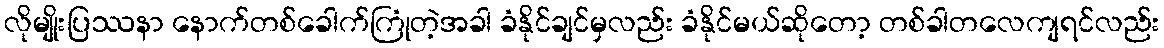
လိုမျိုးပြဿနာ နောက်တစ်ခေါက်ကြုံတဲ့အခါ ခံနိုင်ချင်မှလည်း ခံနိုင်မယ်ဆိုတော့ တစ်ခါတလေကျရင်လည်း